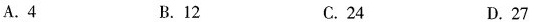
A.4 B.12 C.24 D.27